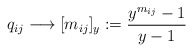
\begin{gather*}q_{ij} \longrightarrow [m_{ij}]_{y}:= \frac{y^{m_{ij}}-1}{y-1}\end{gather*}